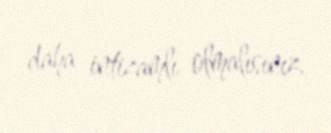
daha intizamlı olmalısınız.